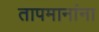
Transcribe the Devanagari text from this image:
तापमानांना